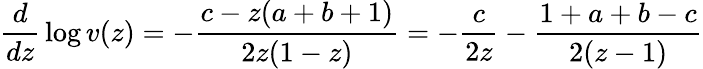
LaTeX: {\frac{d}{dz}}\log v(z)=-{\frac{c-z(a+b+1)}{2z(1-z)}}=-{\frac{c}{2z}}-{\frac{1+a+b-c}{2(z-1)}}